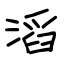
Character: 滔